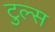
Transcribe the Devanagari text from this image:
टुल्स